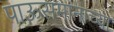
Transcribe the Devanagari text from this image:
पाऊसमानाच्या